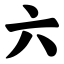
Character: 六